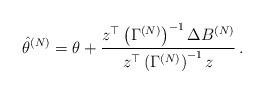
LaTeX: \begin{align*}\hat\theta^{(N)} = \theta +\frac{z^\top \left(\Gamma^{(N)}\right)^{-1} \Delta B^{(N)}}{z^\top \left(\Gamma^{(N)}\right)^{-1} z}\, .\end{align*}